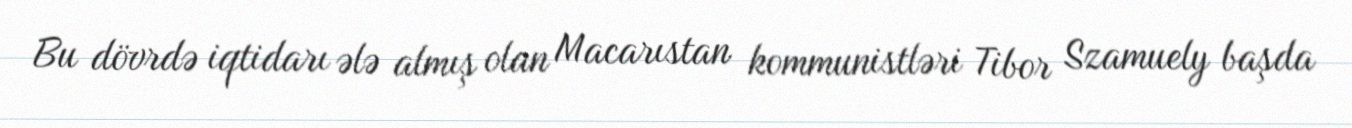
Bu dövrdə iqtidarı ələ almış olan Macarıstan kommunistləri Tibor Szamuely başda